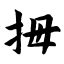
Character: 拇